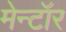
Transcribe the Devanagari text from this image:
मेन्टॉर